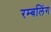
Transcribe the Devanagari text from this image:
रम्बलिंग